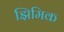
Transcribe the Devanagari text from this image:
झिमिक